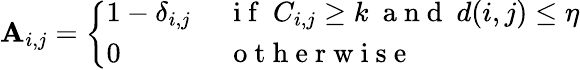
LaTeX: \mathbf{A}_{i,j}=\left\{ \begin{array}{ll}{1-\delta_{i,j}}&{~\mathrm{~i~f~}~C_{i,j}\geq k~\mathrm{~a~n~d~}~d(i,j)\leq\eta}\\ {0}&{~\mathrm{~o~t~h~e~r~w~i~s~e~}}\end{array}\right.